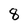
Character: 8